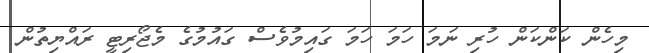
މިހެން ކަންކަން ހުރި ނަމަ ހަމަ ހަމަ ގައިމުވެސް ގައުމުގެ މެޖޯރިޓީ ރައްޔިތުން